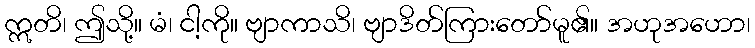
ဣတိ၊ ဤသို့။ မံ၊ ငါ့ကို။ ဗျာကာသိ၊ ဗျာဒိတ်ကြားတော်မူ၏။ အဟုအဟော၊